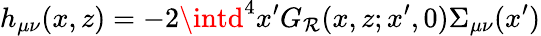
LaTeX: h_{\mu\nu}(x,z)=-2\intd^{4}x^{\prime}G_{\mathcal{R}}(x,z;x^{\prime},0)\Sigma_{\mu\nu}(x^{\prime})